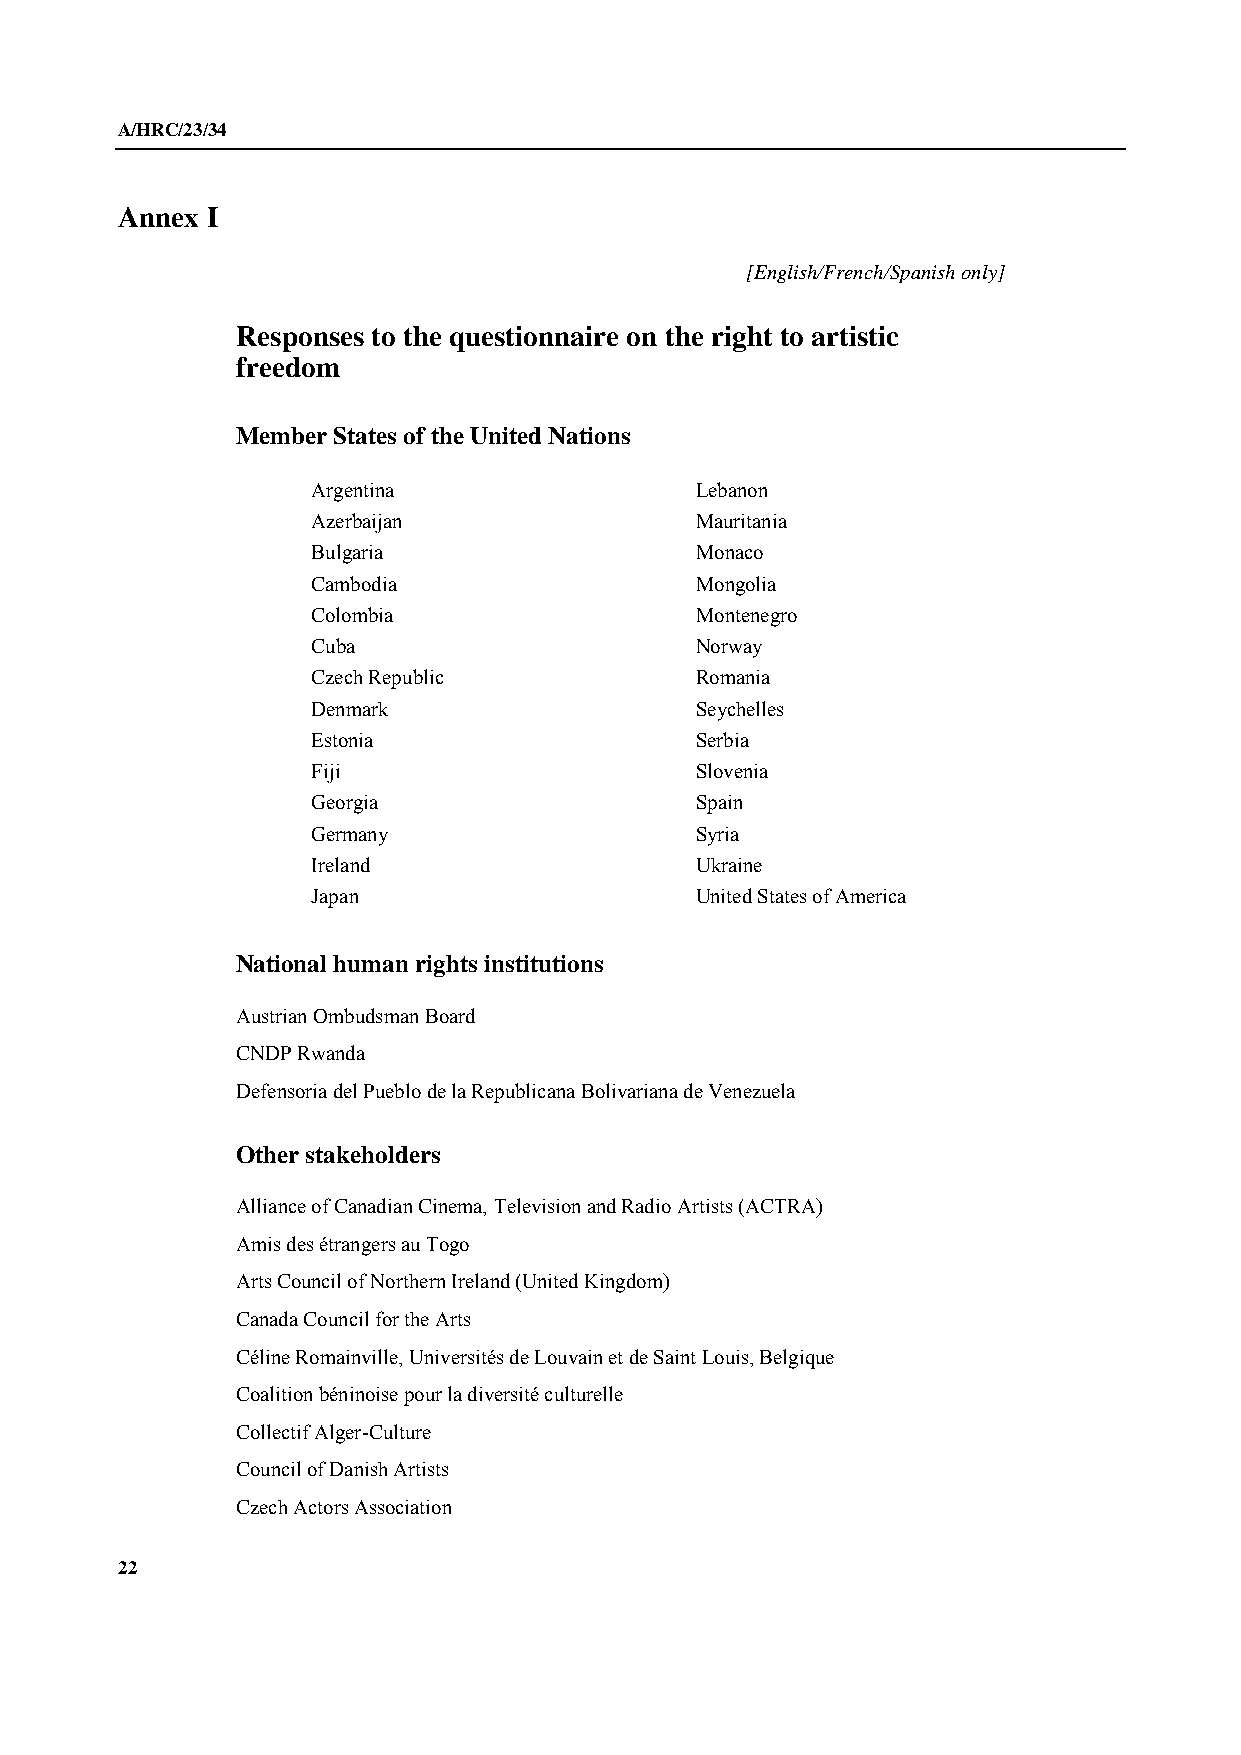
A/HRC/23/34
 Annex I
 [English/French/Spanish only]
 Responses to the questionnaire on the right to artistic
 freedom
 Member States of the United Nations
 Argentina                Lebanon
 Azerbaijan               Mauritania
 Bulgaria                 Monaco
 Cambodia                 Mongolia
 Colombia                 Montenegro
 Cuba                     Norway
 Czech Republic           Romania
 Denmark                  Seychelles
 Estonia                  Serbia
 Fiji                     Slovenia
 Georgia                  Spain
 Germany                  Syria
 Ireland                  Ukraine
 Japan                    United States of America
 National human rights institutions
 Austrian Ombudsman Board
 CNDP Rwanda
 Defensoria del Pueblo de la Republicana Bolivariana de Venezuela
 Other stakeholders
 Alliance of Canadian Cinema, Television and Radio Artists (ACTRA)
 Amis des étrangers au Togo
 Arts Council of Northern Ireland (United Kingdom)
 Canada Council for the Arts
 Céline Romainville, Universités de Louvain et de Saint Louis, Belgique
 Coalition béninoise pour la diversité culturelle
 Collectif Alger-Culture
 Council of Danish Artists
 Czech Actors Association
 22